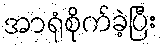
အာရုံစိုက်ခဲ့ပြီး